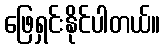
ဖြေရှင်းနိုင်ပါတယ်။